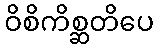
ဝိစိကိစ္ဆတိပေ